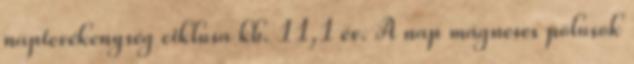
naptevékenység ciklusa kb. 11,1 év. A nap mágneses pólusok